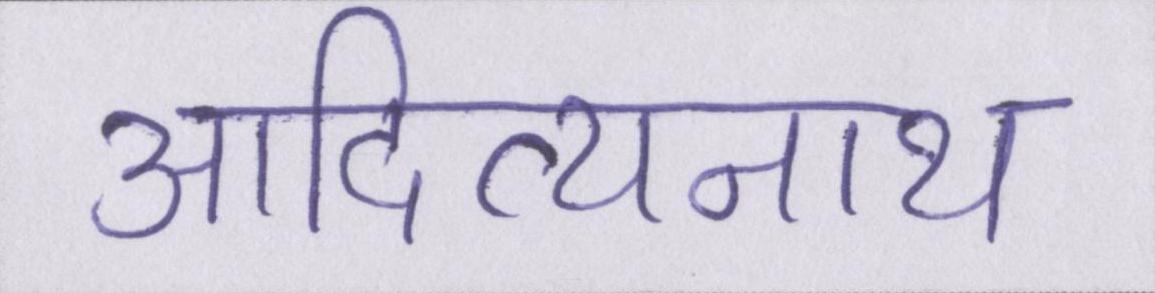
आदित्यनाथ